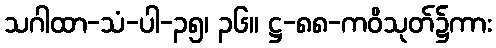
သဂါထာ-သံ-ပါ-၃၅၊ ၃၆။ ဋ္ဌ-၈၈-ကဝိသုတ်၌ကား